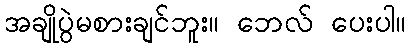
အချိုပွဲမစားချင်ဘူး။ ဘေလ် ပေးပါ။